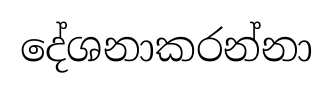
දේශනාකරන්නා